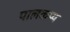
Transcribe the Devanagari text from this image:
पालकप्य